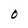
Character: O